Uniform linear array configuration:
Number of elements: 8
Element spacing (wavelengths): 0.75
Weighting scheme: hann
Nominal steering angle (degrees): -15
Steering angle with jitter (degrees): -13.257
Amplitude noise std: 0.05
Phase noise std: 0.05

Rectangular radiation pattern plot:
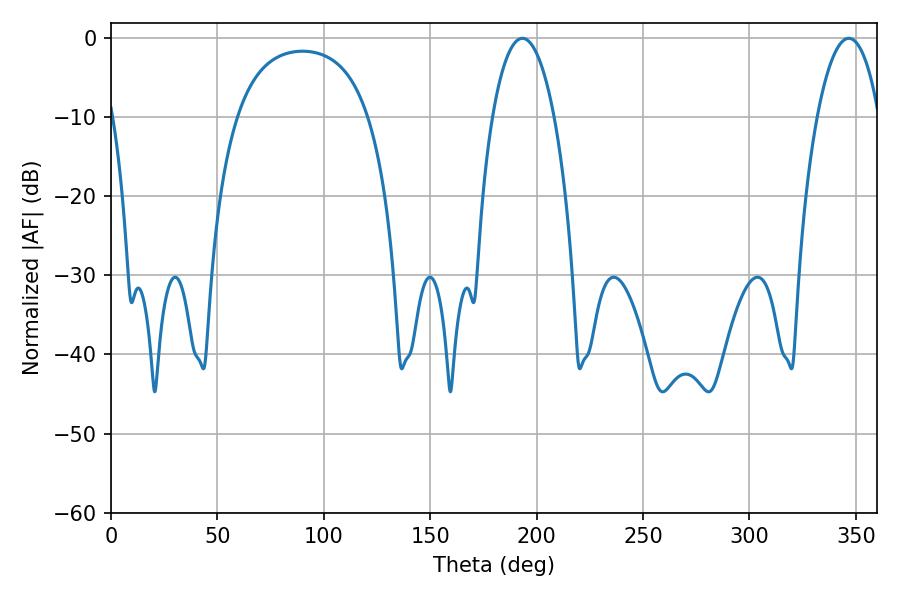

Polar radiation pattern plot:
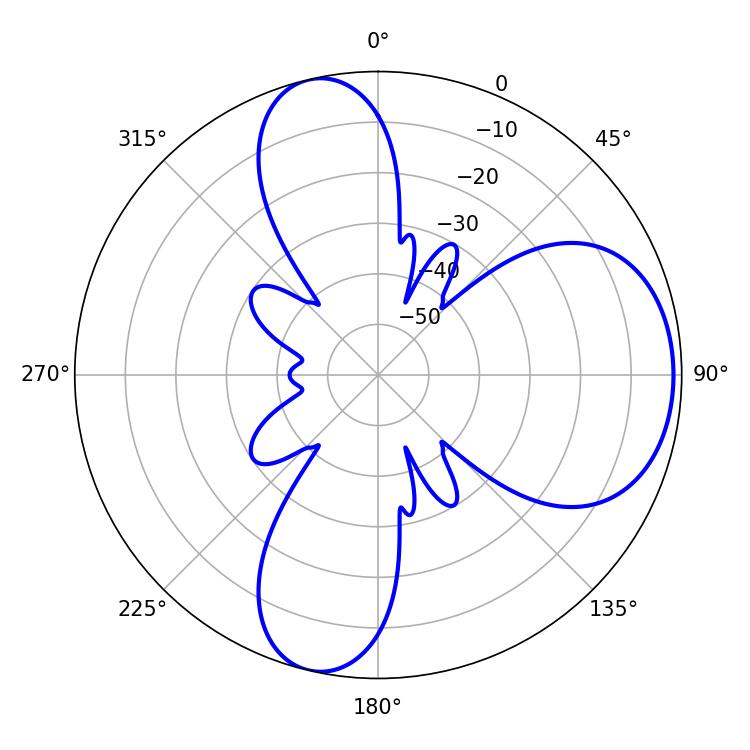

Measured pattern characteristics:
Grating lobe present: TRUE
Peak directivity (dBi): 7.595
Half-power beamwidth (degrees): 16.2
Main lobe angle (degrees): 193.32